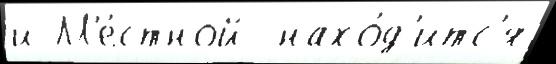
и М'е́стной  нахо́д'итс'я